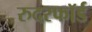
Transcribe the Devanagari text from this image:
रुदरफॉर्ड